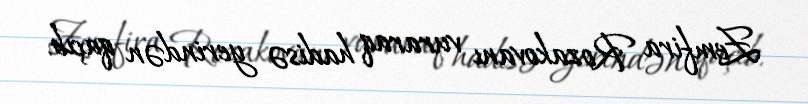
Zemfira Rozakovanı vuraraq hadisə yerindən qaçıb.